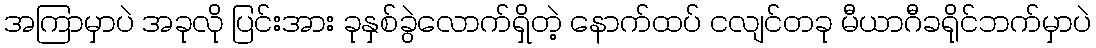
အကြာမှာပဲ အခုလို ပြင်းအား ခုနှစ်ခွဲလောက်ရှိတဲ့ နောက်ထပ် ငလျင်တခု မီယာဂီခရိုင်ဘက်မှာပဲ